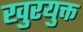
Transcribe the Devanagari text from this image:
खुरयुक्त